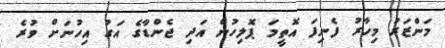
މަންޒަރު މިހާރު ފެނިފަ އޮތީމަ ޕޮލިހުން އަދި ޖެންޑާގެ އަގު އިހުނަށް ވުރެ